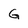
Character: G